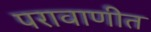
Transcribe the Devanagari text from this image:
परावाणीत